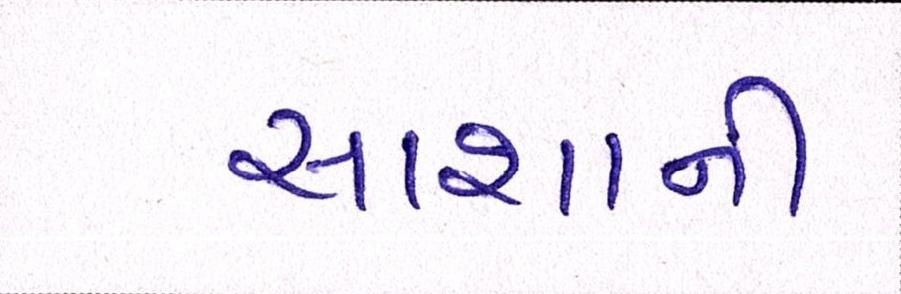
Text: સાશાની